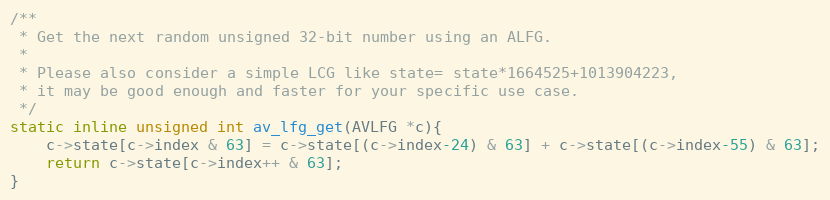
Language: C
/**
 * Get the next random unsigned 32-bit number using an ALFG.
 *
 * Please also consider a simple LCG like state= state*1664525+1013904223,
 * it may be good enough and faster for your specific use case.
 */
static inline unsigned int av_lfg_get(AVLFG *c){
    c->state[c->index & 63] = c->state[(c->index-24) & 63] + c->state[(c->index-55) & 63];
    return c->state[c->index++ & 63];
}